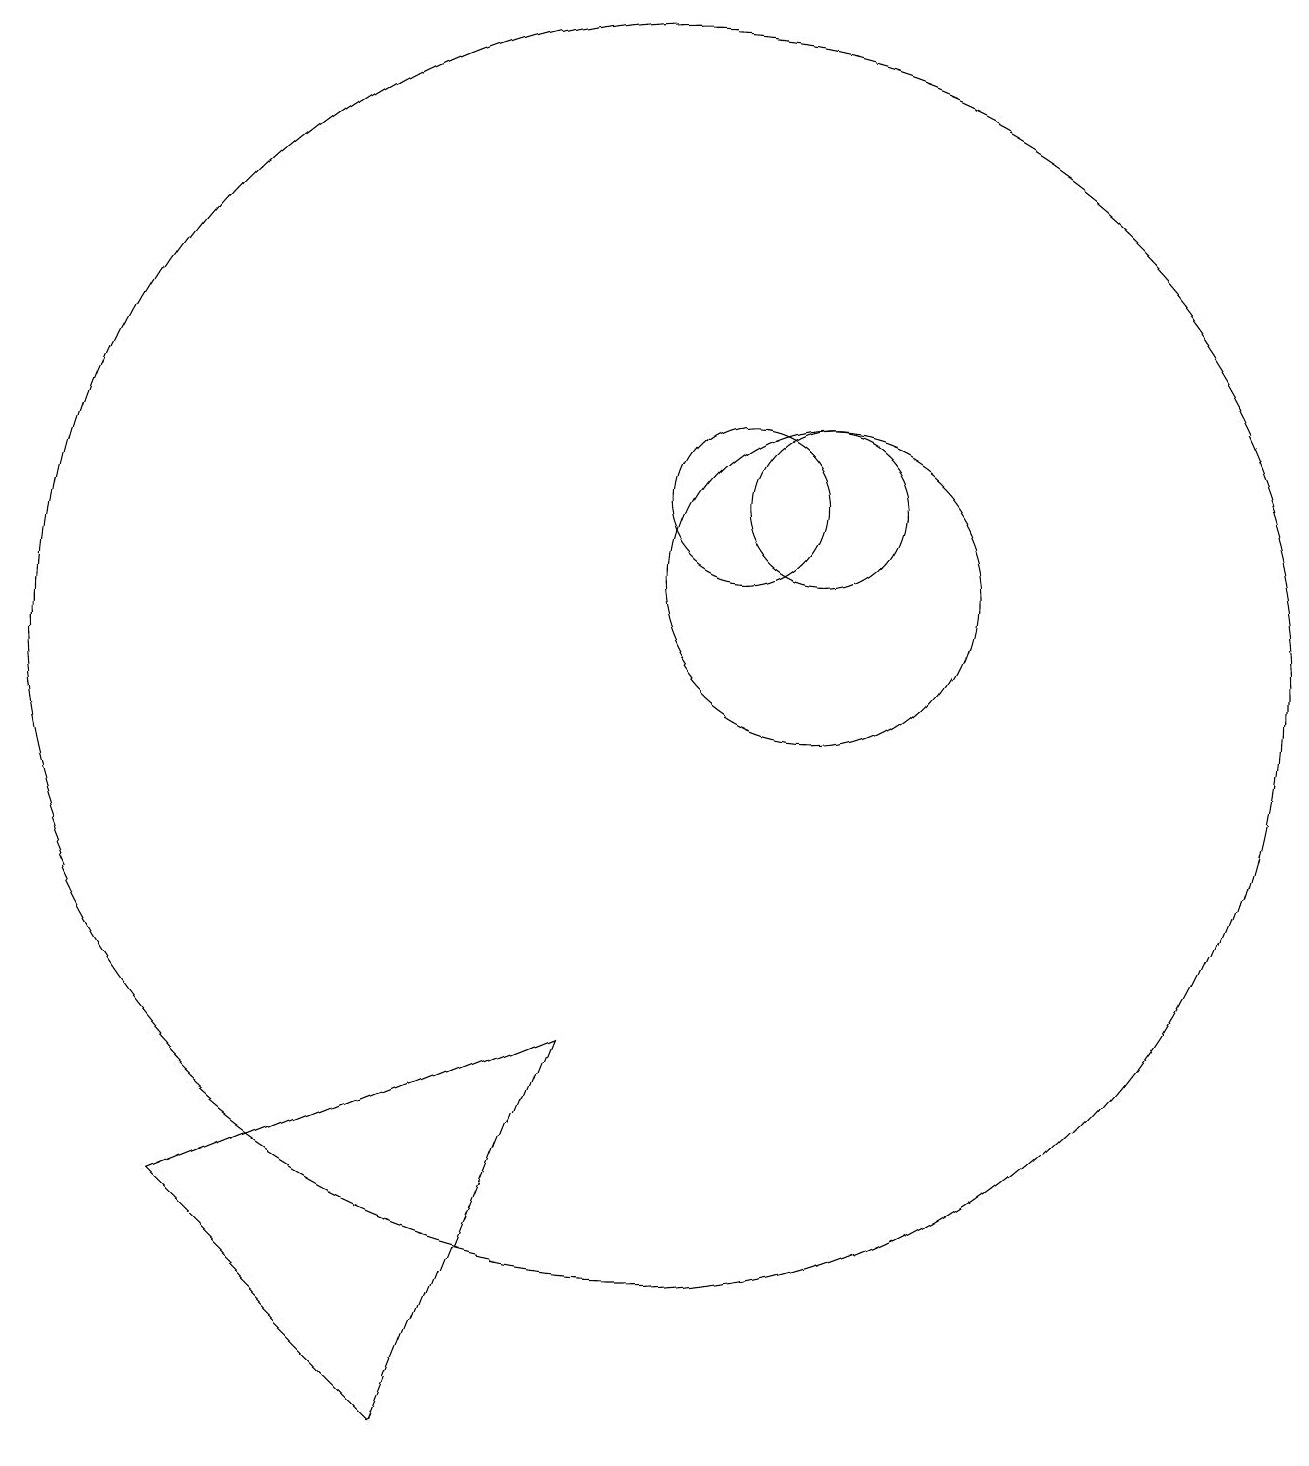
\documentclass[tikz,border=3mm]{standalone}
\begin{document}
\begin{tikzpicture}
\draw (10,10) circle (8);
\draw (12,12) circle (1);
\draw (12,11) circle (2);
\draw (11,12) circle (1);
\draw (4,3) -- (7,0) -- (9,5) -- cycle;
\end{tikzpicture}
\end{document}